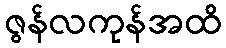
ဇွန်လကုန်အထိ